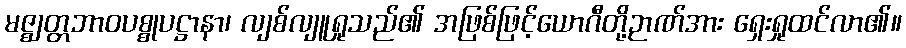
မဇ္ဈတ္တဘာဝပစ္စုပဋ္ဌာနာ၊ လျစ်လျူရှုသည်၏ အဖြစ်ဖြင့်ယောဂီတို့ဉာဏ်အား ရှေးရှုထင်လာ၏။